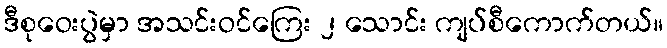
ဒီစုဝေးပွဲမှာ အသင်းဝင်ကြေး ၂ သောင်း ကျပ်စီကောက်တယ်။